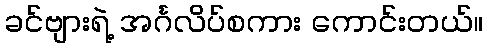
ခင်ဗျားရဲ့ အင်္ဂလိပ်စကား ကောင်းတယ်။